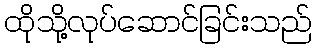
ထိုသို့လုပ်ဆောင်ခြင်းသည်